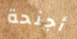
أجنحة